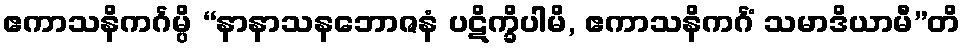
ဧကာသနိကင်္ဂမ္ပိ “နာနာသနဘောဇနံ ပဋိက္ခိပါမိ, ဧကာသနိကင်္ဂံ သမာဒိယာမီ”တိ